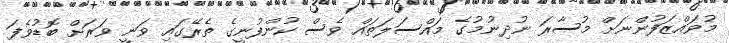
މުވައްޒަފުންނަށް މުސާރަ ނުދިނުމުގެ މައްސަލަތައް ވެސް ކުންފުނީގެ ތެރޭގައި ވަނީ ވަރަށް ބޮޑުވެފަ